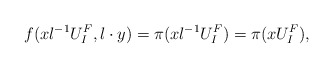
\begin{align*}f(xl^{-1}U_I^F, l\cdot y)=\pi(xl^{-1}U_I^F)=\pi(xU_I^F),\end{align*}